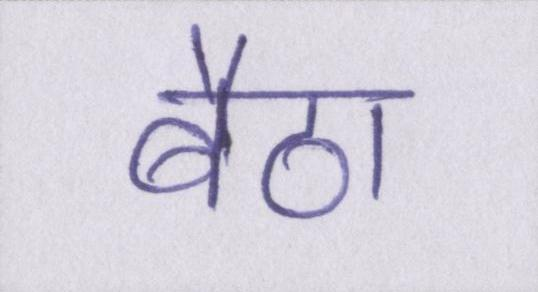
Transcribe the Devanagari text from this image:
बैठा